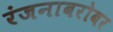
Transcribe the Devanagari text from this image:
रंजनाबरोबर